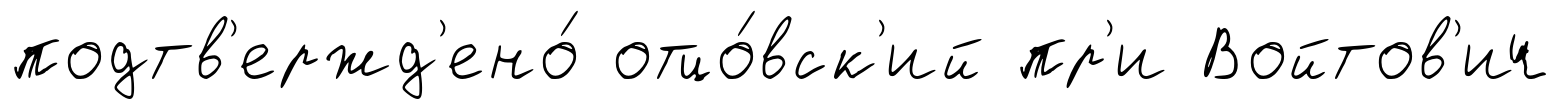
подтв'ержд'ено́ отцо́вск'ий пр'и Войтов'ич